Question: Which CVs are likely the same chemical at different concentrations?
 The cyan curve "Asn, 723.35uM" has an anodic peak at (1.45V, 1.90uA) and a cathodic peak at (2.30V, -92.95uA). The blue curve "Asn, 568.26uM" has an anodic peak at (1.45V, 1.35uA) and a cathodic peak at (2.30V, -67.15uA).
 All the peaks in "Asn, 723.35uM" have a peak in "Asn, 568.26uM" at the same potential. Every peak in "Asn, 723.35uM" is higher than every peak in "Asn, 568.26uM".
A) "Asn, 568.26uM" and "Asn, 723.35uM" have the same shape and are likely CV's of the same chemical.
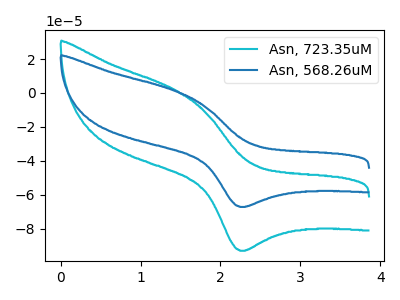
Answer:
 <answer>A) "Asn, 568.26uM" and "Asn, 723.35uM" have the same shape and are likely CV's of the same chemical.</answer>
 <eval>A</eval>